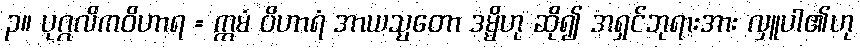
၃။ ပုဂ္ဂလိကဝိဟာရ = ဣမံ ဝိဟာရံ အာယသ္မတော ဒမ္မိဟု ဆို၍ အရှင်ဘုရားအား လှူပါ၏ဟု